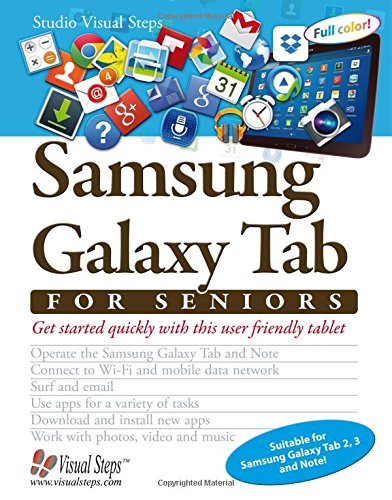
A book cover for Samsung Galaxy Tab for Seniors (Computer Books for Seniors series); Studio Visual Steps; Computers & Technology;